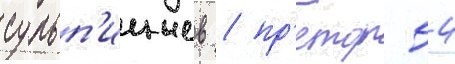
сульп'ициев / пр'етор 54